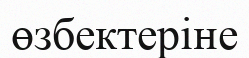
өзбектеріне